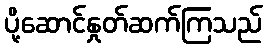
ပို့ဆောင်နှုတ်ဆက်ကြသည်